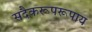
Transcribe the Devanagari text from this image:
सदैकरूपरूपाय